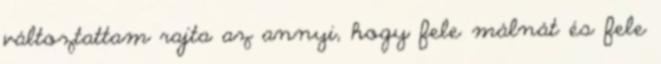
változtattam rajta az annyi, hogy fele málnát és fele